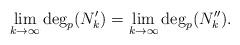
LaTeX: \begin{align*}\lim_{k\to\infty}\deg_p(N_k')=\lim_{k\to\infty}\deg_p(N_k'').\end{align*}